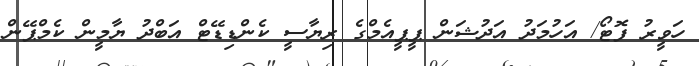
ހަވީރު ފޮޓޯ/ އަހުމަދު އަދުޝަން ޕީޕީއެމްގެ ރިޔާސީ ކެންޑިޑޭޓް އަބްދު ޔާމީން ކެމްޕޭން